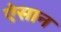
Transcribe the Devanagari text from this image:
ऐसान